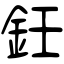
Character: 鈓